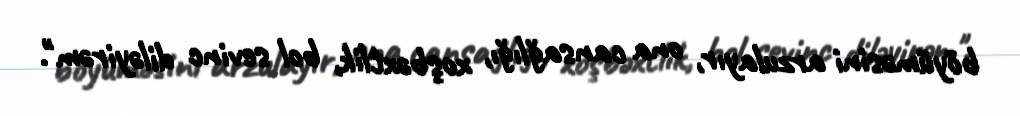
böyüməsini arzulayır, ona cansağlığı, xoşbəxtlik, bol sevinc diləyirəm".